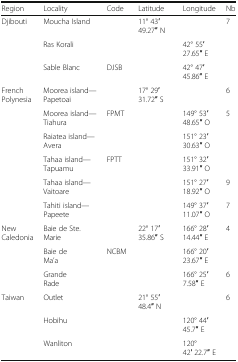
<table><thead><tr><td><b>Region</b></td><td><b>Locality</b></td><td><b>Code</b></td><td><b>Latitude</b></td><td><b>Longitude</b></td><td><b>Nb</b></td></tr></thead><tbody><tr><td rowspan="3">Djibouti</td><td>Moucha Island</td><td>[EMPTY_CELL]</td><td>11° 43′ 49.27′′ N</td><td>[EMPTY_CELL]</td><td>7</td></tr><tr><td>Ras Korali</td><td>[EMPTY_CELL]</td><td>[EMPTY_CELL]</td><td>42° 55′ 27.65′′ E</td><td>[EMPTY_CELL]</td></tr><tr><td>Sable Blanc</td><td>DJSB</td><td>[EMPTY_CELL]</td><td>42° 47′ 45.86′′ E</td><td>[EMPTY_CELL]</td></tr><tr><td rowspan="6">French Polynesia</td><td>Moorea island—Papetoai</td><td>[EMPTY_CELL]</td><td>17° 29′ 31.72′′ S</td><td>[EMPTY_CELL]</td><td>6</td></tr><tr><td>Moorea island—Tiahura</td><td>FPMT</td><td>[EMPTY_CELL]</td><td>149° 53′ 48.65′′ O</td><td>5</td></tr><tr><td>Raiatea island—Avera</td><td>[EMPTY_CELL]</td><td>[EMPTY_CELL]</td><td>151° 23′ 30.63′′ O</td><td>[EMPTY_CELL]</td></tr><tr><td>Tahaa island—Tapuamu</td><td>FPTT</td><td>[EMPTY_CELL]</td><td>151° 32′ 33.91′′ O</td><td>[EMPTY_CELL]</td></tr><tr><td>Tahaa island—Vaitoare</td><td>[EMPTY_CELL]</td><td>[EMPTY_CELL]</td><td>151° 27′ 18.92′′ O</td><td>9</td></tr><tr><td>Tahiti island—Papeete</td><td>[EMPTY_CELL]</td><td>[EMPTY_CELL]</td><td>149° 37′ 11.07′′ O</td><td>7</td></tr><tr><td rowspan="3">New Caledonia</td><td>Baie de Ste. Marie</td><td>[EMPTY_CELL]</td><td>22° 17′ 35.86′′ S</td><td>166° 28′ 14.44′′ E</td><td>4</td></tr><tr><td>Baie de Ma’a</td><td>NCBM</td><td>[EMPTY_CELL]</td><td>166° 20′ 23.67′′ E</td><td>[EMPTY_CELL]</td></tr><tr><td>Grande Rade</td><td>[EMPTY_CELL]</td><td>[EMPTY_CELL]</td><td>166° 25′ 7.58′′ E</td><td>6</td></tr><tr><td rowspan="3">Taiwan</td><td>Outlet</td><td>[EMPTY_CELL]</td><td>21° 55′ 48.4′′ N</td><td>[EMPTY_CELL]</td><td>6</td></tr><tr><td>Hobihu</td><td>[EMPTY_CELL]</td><td>[EMPTY_CELL]</td><td>120° 44′ 45.7′′ E</td><td>[EMPTY_CELL]</td></tr><tr><td>Wanliton</td><td>[EMPTY_CELL]</td><td>[EMPTY_CELL]</td><td>120° 42′ 22.7′′ E</td><td>[EMPTY_CELL]</td></tr></tbody></table>